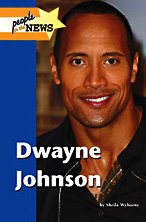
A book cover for Dwayne Johnson (People in the News); Sheila Wyborny; Teen & Young Adult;